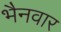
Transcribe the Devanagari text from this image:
भैनवार